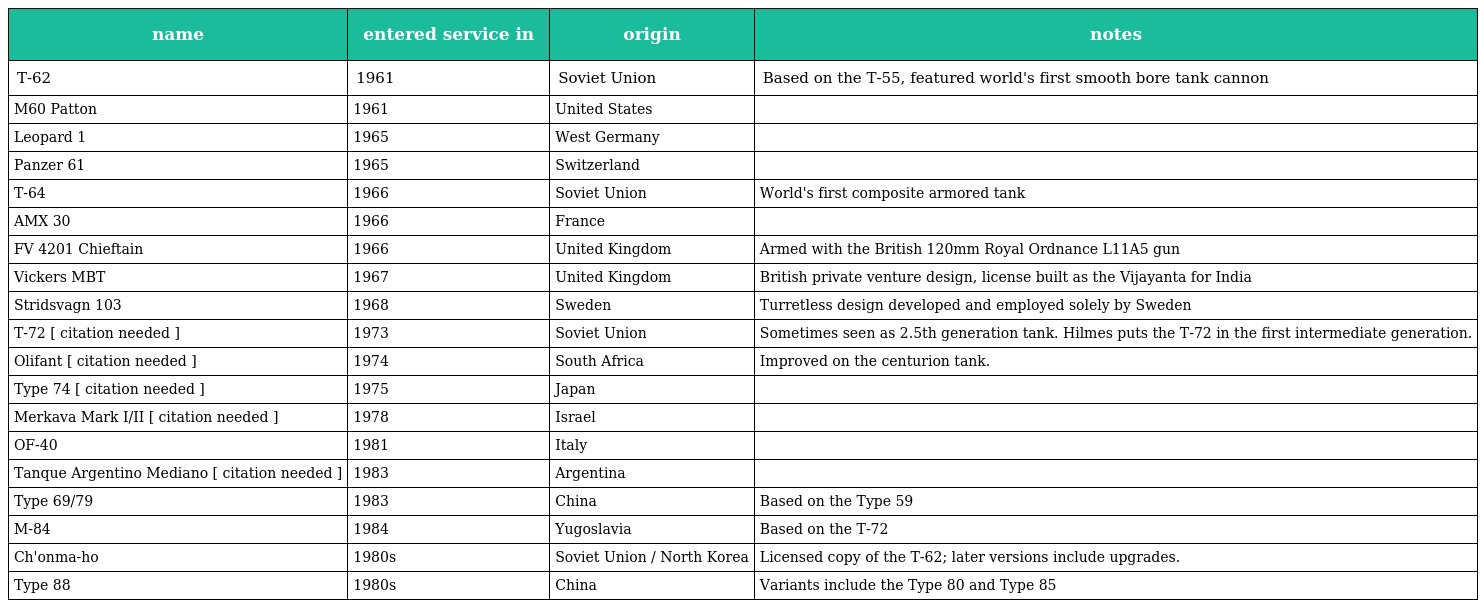
| name | entered service in | origin | notes |
 | --- | --- | --- | --- |
 | T-62 | 1961 | Soviet Union | Based on the T-55, featured world's first smooth bore tank cannon |
 | M60 Patton | 1961 | United States |  |
 | Leopard 1 | 1965 | West Germany |  |
 | Panzer 61 | 1965 | Switzerland |  |
 | T-64 | 1966 | Soviet Union | World's first composite armored tank |
 | AMX 30 | 1966 | France |  |
 | FV 4201 Chieftain | 1966 | United Kingdom | Armed with the British 120mm Royal Ordnance L11A5 gun |
 | Vickers MBT | 1967 | United Kingdom | British private venture design, license built as the Vijayanta for India |
 | Stridsvagn 103 | 1968 | Sweden | Turretless design developed and employed solely by Sweden |
 | T-72 [ citation needed ] | 1973 | Soviet Union | Sometimes seen as 2.5th generation tank. Hilmes puts the T-72 in the first intermediate generation. |
 | Olifant [ citation needed ] | 1974 | South Africa | Improved on the centurion tank. |
 | Type 74 [ citation needed ] | 1975 | Japan |  |
 | Merkava Mark I/II [ citation needed ] | 1978 | Israel |  |
 | OF-40 | 1981 | Italy |  |
 | Tanque Argentino Mediano [ citation needed ] | 1983 | Argentina |  |
 | Type 69/79 | 1983 | China | Based on the Type 59 |
 | M-84 | 1984 | Yugoslavia | Based on the T-72 |
 | Ch'onma-ho | 1980s | Soviet Union / North Korea | Licensed copy of the T-62; later versions include upgrades. |
 | Type 88 | 1980s | China | Variants include the Type 80 and Type 85 |